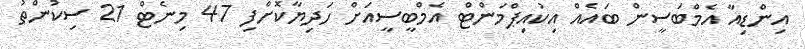
އިންޑިއާ އެމްބަސީން ބައެއް އިކުއިޕްމަންޓް އެމްބީސީއަށް ހަދިޔާކޮށްފި 47 މިނެޓް 21 ސިކުންތު